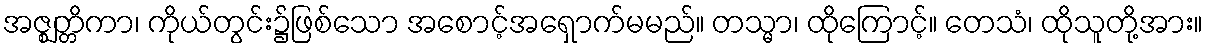
အဇ္ဈတ္တိကာ၊ ကိုယ်တွင်း၌ဖြစ်သော အစောင့်အရှောက်မမည်။ တသ္မာ၊ ထိုကြောင့်။ တေသံ၊ ထိုသူတို့အား။